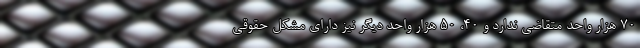
۷۰ هزار واحد متقاضی ندارد و ۴۰، ۵۰ هزار واحد دیگر نیز دارای مشکل حقوقی